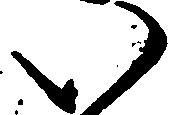
い